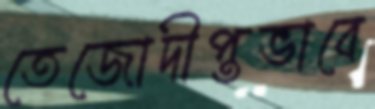
তেজোদীপ্তভাবে